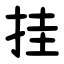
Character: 挂